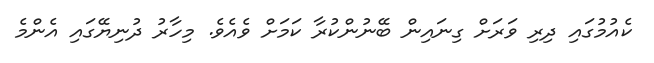
ކެއުމުގައި ދިރި ވަރަށް ގިނައިން ބޭނުންކުރާ ކަމަށް ވެއެވެ. މިހާރު ދުނިޔޭގައި އެންމެ